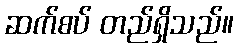
ဆက်စပ် တည်ရှိသည်။